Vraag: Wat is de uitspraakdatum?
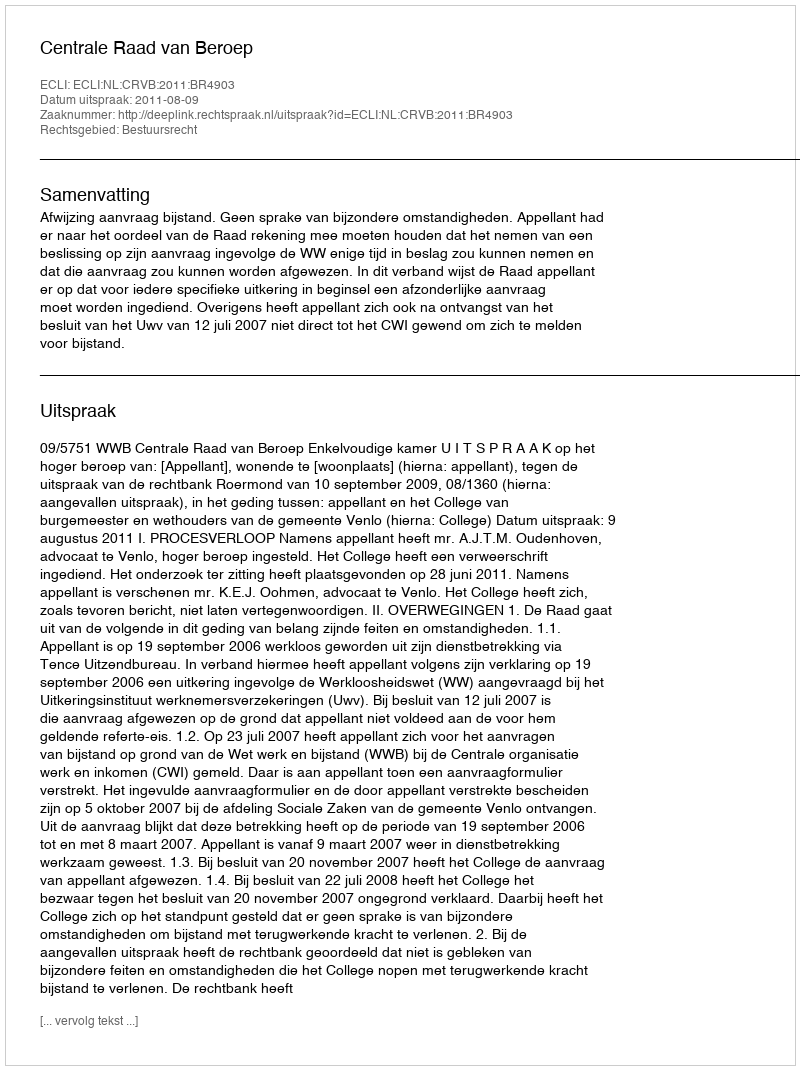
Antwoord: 2011-08-09